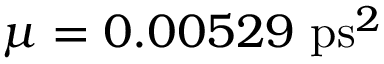
\mu = 0 . 0 0 5 2 9 ~ \mathrm { p s } ^ { 2 }